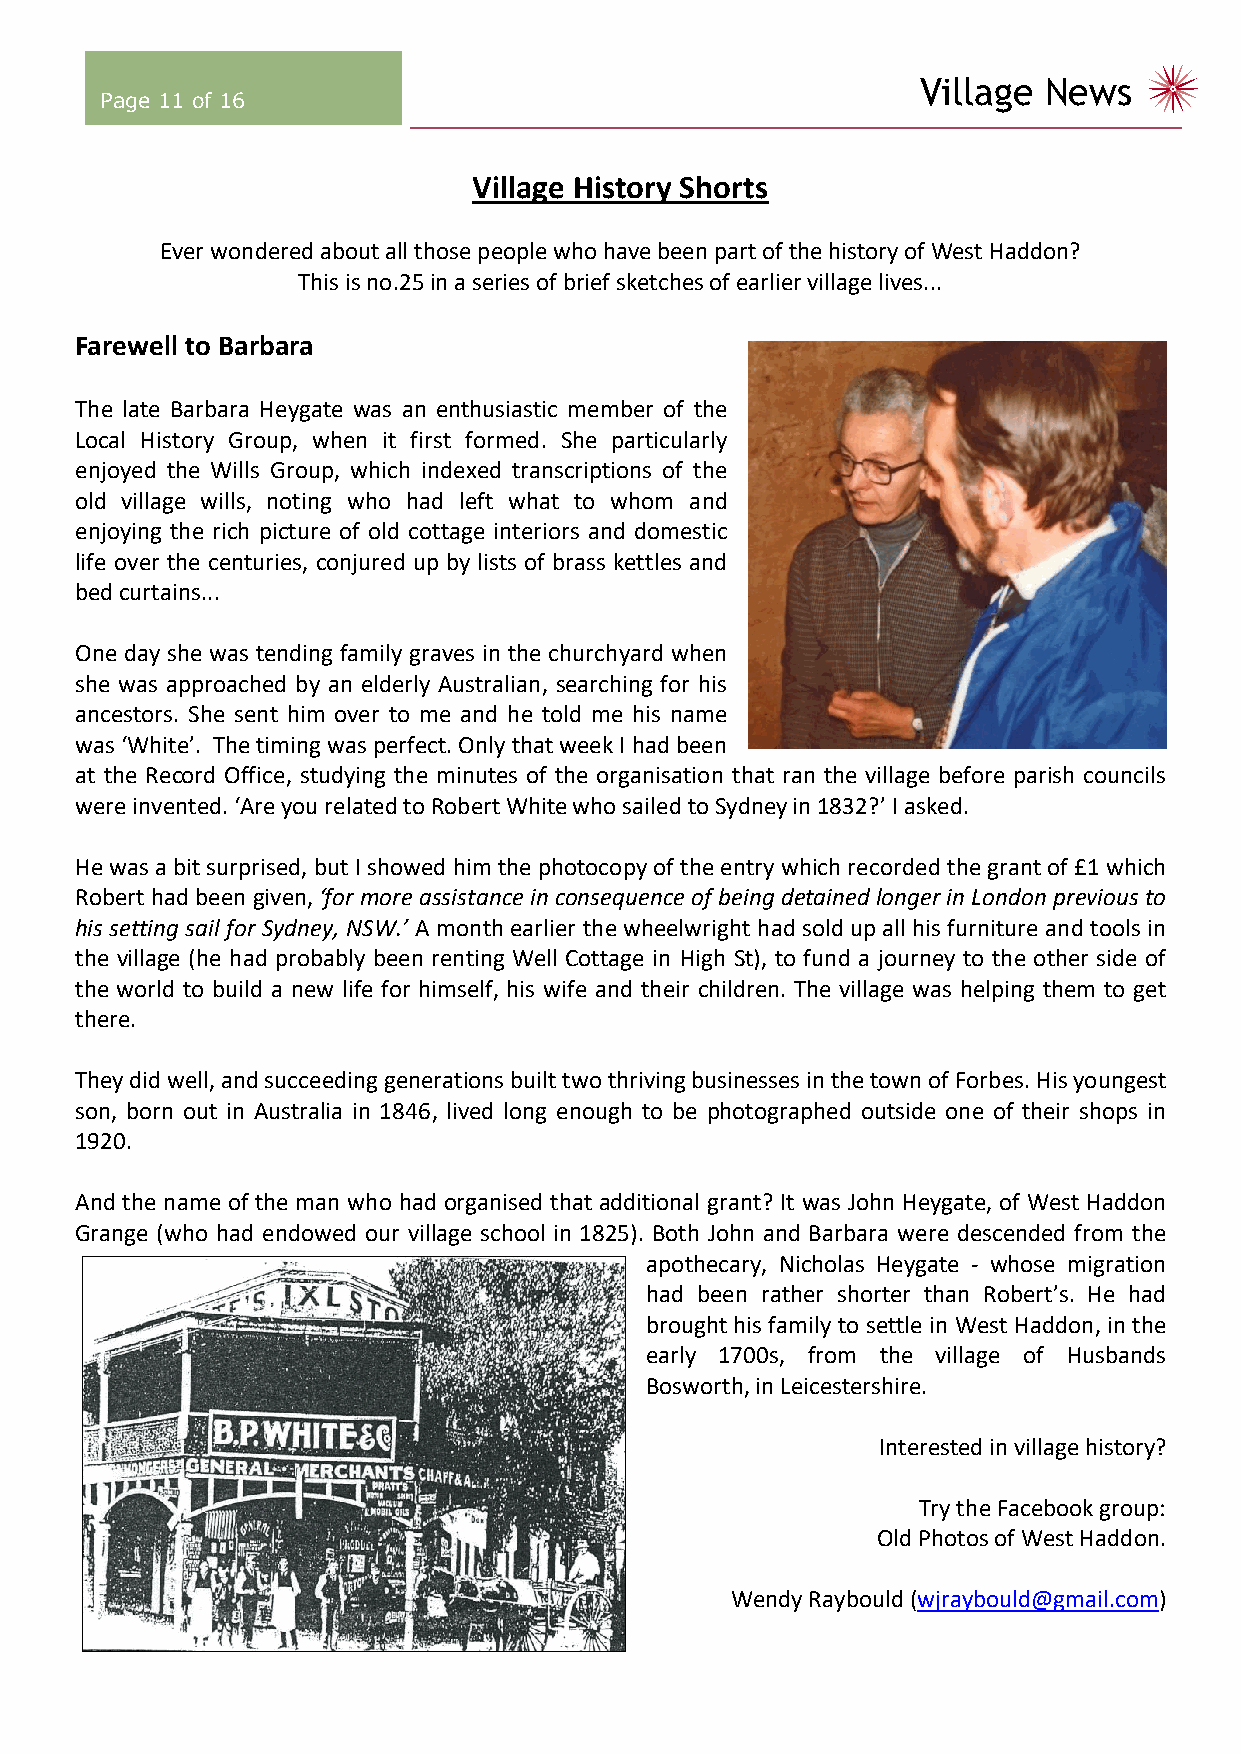
Village News
 Page 11 of 16
 Village History Shorts
 Ever wondered about all those people who have been part of the history of West Haddon?
 This is no.25 in a series of brief sketches of earlier village lives...
 Farewell to Barbara
 The late Barbara Heygate was an enthusiastic member of the
 Local History Group, when it first formed. She particularly
 enjoyed the Wills Group, which indexed transcriptions of the
 old village wills, noting who had left what to whom and
 enjoying the rich picture of old cottage interiors and domestic
 life over the centuries, conjured up by lists of brass kettles and
 bed curtains...
 One day she was tending family graves in the churchyard when
 she was approached by an elderly Australian, searching for his
 ancestors. She sent him over to me and he told me his name
 was ‘White’. The timing was perfect. Only that week I had been
 at the Record Office, studying the minutes of the organisation that ran the village before parish councils
 were invented. ‘Are you related to Robert White who sailed to Sydney in 1832?’ I asked.
 He was a bit surprised, but I showed him the photocopy of the entry which recorded the grant of £1 which
 Robert had been given, ‘for more assistance in consequence of being detained longer in London previous to
 his setting sail for Sydney, NSW.’ A month earlier the wheelwright had sold up all his furniture and tools in
 the village (he had probably been renting Well Cottage in High St), to fund a journey to the other side of
 the world to build a new life for himself, his wife and their children. The village was helping them to get
 there.
 They did well, and succeeding generations built two thriving businesses in the town of Forbes. His youngest
 son, born out in Australia in 1846, lived long enough to be photographed outside one of their shops in
 1920.
 And the name of the man who had organised that additional grant? It was John Heygate, of West Haddon
 Grange (who had endowed our village school in 1825). Both John and Barbara were descended from the
 apothecary, Nicholas Heygate - whose migration
 had been rather shorter than Robert’s. He had
 brought his family to settle in West Haddon, in the
 early 1700s, from the village of Husbands
 Bosworth, in Leicestershire.
 Interested in village history?
 Try the Facebook group:
 Old Photos of West Haddon.
 Wendy Raybould (wjraybould@gmail.com)